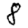
Digit: 8